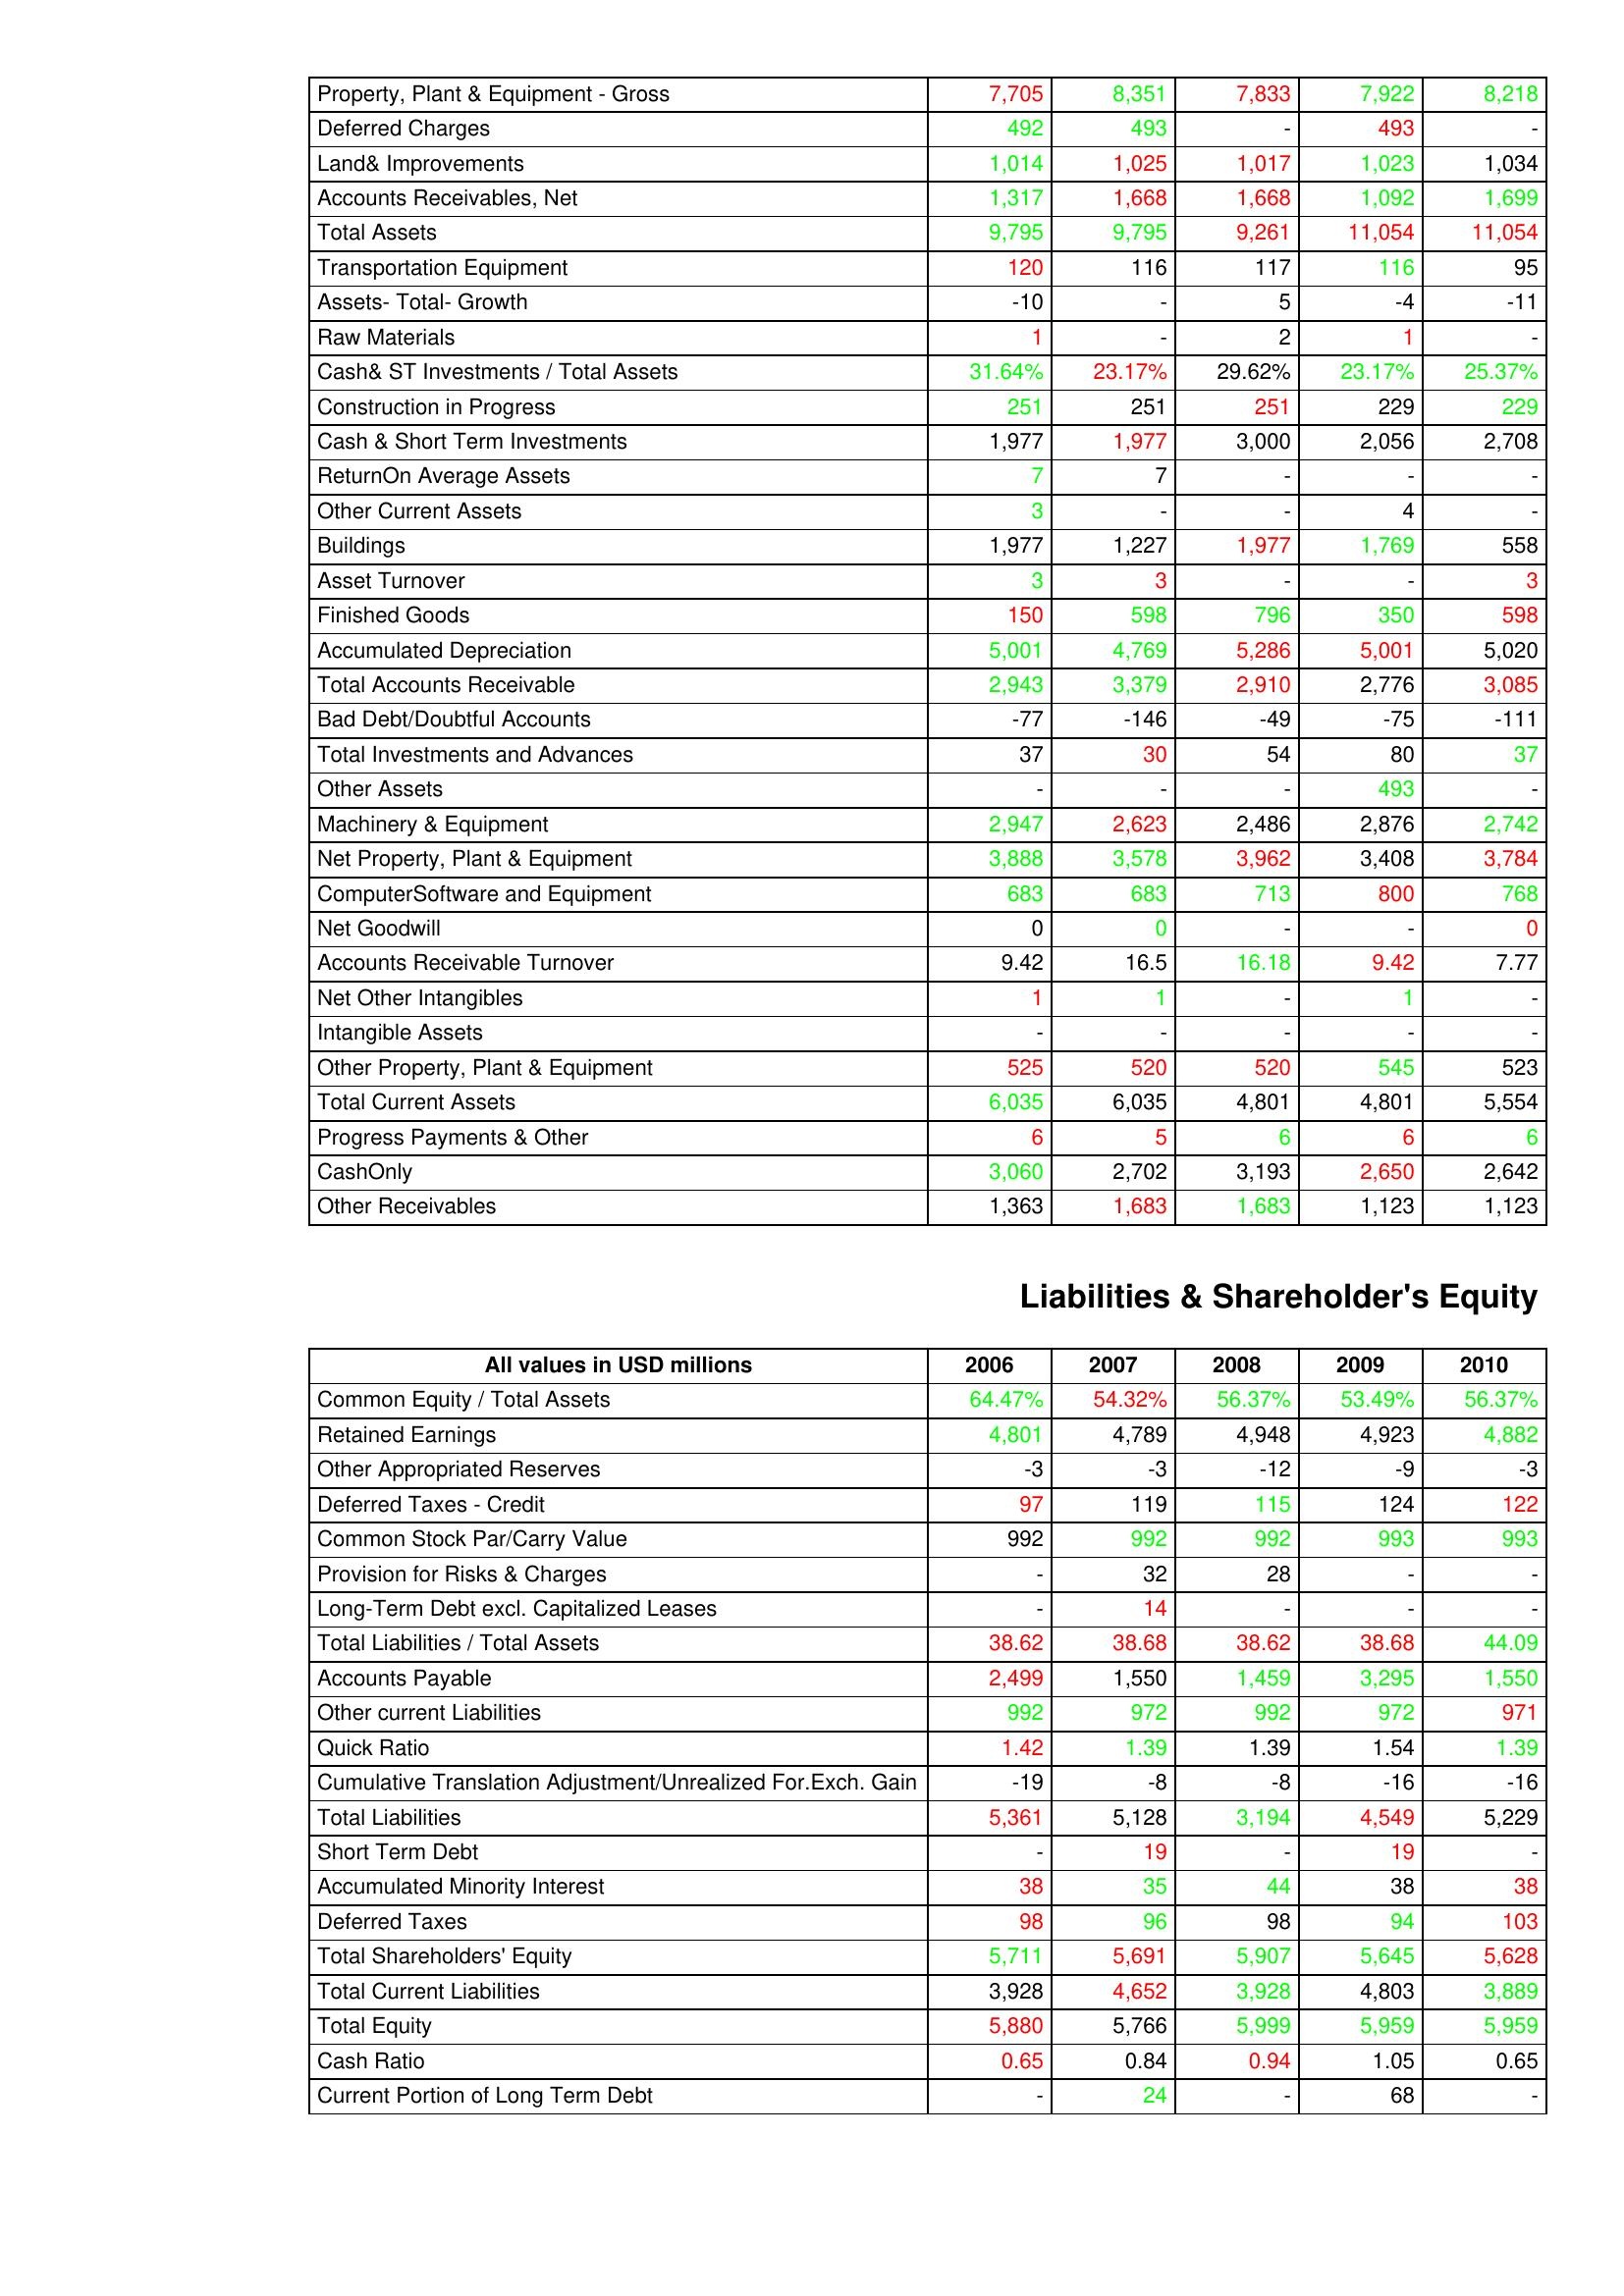
gt_parse: 2006: Assets: Property, Plant & Equipment - Gross : 7,705
Deferred Charges: 492
Land& Improvements: 1,014
Accounts Receivables, Net: 1,317
Total Assets: 9,795
Transportation Equipment: 120
Assets- Total- Growth: -10
Raw Materials: 1
Cash& ST Investments / Total Assets: 31.64%
Construction in Progress: 251
Cash & Short Term Investments: 1,977
ReturnOn Average Assets: 7
Other Current Assets: 3
Buildings: 1,977
Asset Turnover: 3
Finished Goods: 150
Accumulated Depreciation: 5,001
Total Accounts Receivable: 2,943
Bad Debt/Doubtful Accounts: -77
Total Investments and Advances: 37
Other Assets: -
Machinery & Equipment: 2,947
Net Property, Plant & Equipment: 3,888
ComputerSoftware and Equipment: 683
Net Goodwill: 0
Accounts Receivable Turnover: 9.42
Net Other Intangibles: 1
Intangible Assets: -
Other Property, Plant & Equipment: 525
Total Current Assets: 6,035
Progress Payments & Other: 6
CashOnly: 3,060
Other Receivables: 1,363
Liabilities & Shareholder's Equity: Common Equity / Total Assets: 64.47%
Retained Earnings: 4,801
Other Appropriated Reserves: -3
Deferred Taxes - Credit: 97
Common Stock Par/Carry Value: 992
Provision for Risks & Charges: -
Long-Term Debt excl. Capitalized Leases: -
Total Liabilities / Total Assets: 38.62
Accounts Payable: 2,499
Other current Liabilities: 992
Quick Ratio: 1.42
Cumulative Translation Adjustment/Unrealized For.Exch. Gain: -19
Total Liabilities: 5,361
Short Term Debt: -
Accumulated Minority Interest: 38
Deferred Taxes: 98
Total Shareholders' Equity: 5,711
Total Current Liabilities: 3,928
Total Equity: 5,880
Cash Ratio: 0.65
Current Portion of Long Term Debt: -
2007: Assets: Property, Plant & Equipment - Gross : 8,351
Deferred Charges: 493
Land& Improvements: 1,025
Accounts Receivables, Net: 1,668
Total Assets: 9,795
Transportation Equipment: 116
Assets- Total- Growth: -
Raw Materials: -
Cash& ST Investments / Total Assets: 23.17%
Construction in Progress: 251
Cash & Short Term Investments: 1,977
ReturnOn Average Assets: 7
Other Current Assets: -
Buildings: 1,227
Asset Turnover: 3
Finished Goods: 598
Accumulated Depreciation: 4,769
Total Accounts Receivable: 3,379
Bad Debt/Doubtful Accounts: -146
Total Investments and Advances: 30
Other Assets: -
Machinery & Equipment: 2,623
Net Property, Plant & Equipment: 3,578
ComputerSoftware and Equipment: 683
Net Goodwill: 0
Accounts Receivable Turnover: 16.5
Net Other Intangibles: 1
Intangible Assets: -
Other Property, Plant & Equipment: 520
Total Current Assets: 6,035
Progress Payments & Other: 5
CashOnly: 2,702
Other Receivables: 1,683
Liabilities & Shareholder's Equity: Common Equity / Total Assets: 54.32%
Retained Earnings: 4,789
Other Appropriated Reserves: -3
Deferred Taxes - Credit: 119
Common Stock Par/Carry Value: 992
Provision for Risks & Charges: 32
Long-Term Debt excl. Capitalized Leases: 14
Total Liabilities / Total Assets: 38.68
Accounts Payable: 1,550
Other current Liabilities: 972
Quick Ratio: 1.39
Cumulative Translation Adjustment/Unrealized For.Exch. Gain: -8
Total Liabilities: 5,128
Short Term Debt: 19
Accumulated Minority Interest: 35
Deferred Taxes: 96
Total Shareholders' Equity: 5,691
Total Current Liabilities: 4,652
Total Equity: 5,766
Cash Ratio: 0.84
Current Portion of Long Term Debt: 24
2008: Assets: Property, Plant & Equipment - Gross : 7,833
Deferred Charges: -
Land& Improvements: 1,017
Accounts Receivables, Net: 1,668
Total Assets: 9,261
Transportation Equipment: 117
Assets- Total- Growth: 5
Raw Materials: 2
Cash& ST Investments / Total Assets: 29.62%
Construction in Progress: 251
Cash & Short Term Investments: 3,000
ReturnOn Average Assets: -
Other Current Assets: -
Buildings: 1,977
Asset Turnover: -
Finished Goods: 796
Accumulated Depreciation: 5,286
Total Accounts Receivable: 2,910
Bad Debt/Doubtful Accounts: -49
Total Investments and Advances: 54
Other Assets: -
Machinery & Equipment: 2,486
Net Property, Plant & Equipment: 3,962
ComputerSoftware and Equipment: 713
Net Goodwill: -
Accounts Receivable Turnover: 16.18
Net Other Intangibles: -
Intangible Assets: -
Other Property, Plant & Equipment: 520
Total Current Assets: 4,801
Progress Payments & Other: 6
CashOnly: 3,193
Other Receivables: 1,683
Liabilities & Shareholder's Equity: Common Equity / Total Assets: 56.37%
Retained Earnings: 4,948
Other Appropriated Reserves: -12
Deferred Taxes - Credit: 115
Common Stock Par/Carry Value: 992
Provision for Risks & Charges: 28
Long-Term Debt excl. Capitalized Leases: -
Total Liabilities / Total Assets: 38.62
Accounts Payable: 1,459
Other current Liabilities: 992
Quick Ratio: 1.39
Cumulative Translation Adjustment/Unrealized For.Exch. Gain: -8
Total Liabilities: 3,194
Short Term Debt: -
Accumulated Minority Interest: 44
Deferred Taxes: 98
Total Shareholders' Equity: 5,907
Total Current Liabilities: 3,928
Total Equity: 5,999
Cash Ratio: 0.94
Current Portion of Long Term Debt: -
2009: Assets: Property, Plant & Equipment - Gross : 7,922
Deferred Charges: 493
Land& Improvements: 1,023
Accounts Receivables, Net: 1,092
Total Assets: 11,054
Transportation Equipment: 116
Assets- Total- Growth: -4
Raw Materials: 1
Cash& ST Investments / Total Assets: 23.17%
Construction in Progress: 229
Cash & Short Term Investments: 2,056
ReturnOn Average Assets: -
Other Current Assets: 4
Buildings: 1,769
Asset Turnover: -
Finished Goods: 350
Accumulated Depreciation: 5,001
Total Accounts Receivable: 2,776
Bad Debt/Doubtful Accounts: -75
Total Investments and Advances: 80
Other Assets: 493
Machinery & Equipment: 2,876
Net Property, Plant & Equipment: 3,408
ComputerSoftware and Equipment: 800
Net Goodwill: -
Accounts Receivable Turnover: 9.42
Net Other Intangibles: 1
Intangible Assets: -
Other Property, Plant & Equipment: 545
Total Current Assets: 4,801
Progress Payments & Other: 6
CashOnly: 2,650
Other Receivables: 1,123
Liabilities & Shareholder's Equity: Common Equity / Total Assets: 53.49%
Retained Earnings: 4,923
Other Appropriated Reserves: -9
Deferred Taxes - Credit: 124
Common Stock Par/Carry Value: 993
Provision for Risks & Charges: -
Long-Term Debt excl. Capitalized Leases: -
Total Liabilities / Total Assets: 38.68
Accounts Payable: 3,295
Other current Liabilities: 972
Quick Ratio: 1.54
Cumulative Translation Adjustment/Unrealized For.Exch. Gain: -16
Total Liabilities: 4,549
Short Term Debt: 19
Accumulated Minority Interest: 38
Deferred Taxes: 94
Total Shareholders' Equity: 5,645
Total Current Liabilities: 4,803
Total Equity: 5,959
Cash Ratio: 1.05
Current Portion of Long Term Debt: 68
2010: Assets: Property, Plant & Equipment - Gross : 8,218
Deferred Charges: -
Land& Improvements: 1,034
Accounts Receivables, Net: 1,699
Total Assets: 11,054
Transportation Equipment: 95
Assets- Total- Growth: -11
Raw Materials: -
Cash& ST Investments / Total Assets: 25.37%
Construction in Progress: 229
Cash & Short Term Investments: 2,708
ReturnOn Average Assets: -
Other Current Assets: -
Buildings: 558
Asset Turnover: 3
Finished Goods: 598
Accumulated Depreciation: 5,020
Total Accounts Receivable: 3,085
Bad Debt/Doubtful Accounts: -111
Total Investments and Advances: 37
Other Assets: -
Machinery & Equipment: 2,742
Net Property, Plant & Equipment: 3,784
ComputerSoftware and Equipment: 768
Net Goodwill: 0
Accounts Receivable Turnover: 7.77
Net Other Intangibles: -
Intangible Assets: -
Other Property, Plant & Equipment: 523
Total Current Assets: 5,554
Progress Payments & Other: 6
CashOnly: 2,642
Other Receivables: 1,123
Liabilities & Shareholder's Equity: Common Equity / Total Assets: 56.37%
Retained Earnings: 4,882
Other Appropriated Reserves: -3
Deferred Taxes - Credit: 122
Common Stock Par/Carry Value: 993
Provision for Risks & Charges: -
Long-Term Debt excl. Capitalized Leases: -
Total Liabilities / Total Assets: 44.09
Accounts Payable: 1,550
Other current Liabilities: 971
Quick Ratio: 1.39
Cumulative Translation Adjustment/Unrealized For.Exch. Gain: -16
Total Liabilities: 5,229
Short Term Debt: -
Accumulated Minority Interest: 38
Deferred Taxes: 103
Total Shareholders' Equity: 5,628
Total Current Liabilities: 3,889
Total Equity: 5,959
Cash Ratio: 0.65
Current Portion of Long Term Debt: -